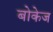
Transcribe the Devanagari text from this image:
बोकेज